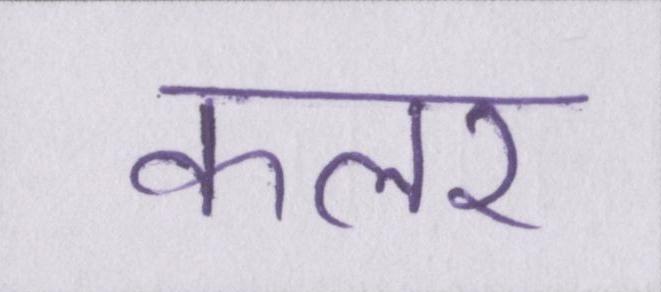
कलर